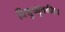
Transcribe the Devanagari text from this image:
विद्युच्चुंबकीथ